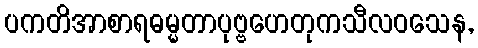
ပကတိအာစာရဓမ္မတာပုဗ္ဗဟေတုကသီလဝသေန,